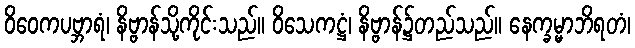
ဝိဝေကပဗ္ဘာရံ၊ နိဗ္ဗာန်သို့ကိုင်းသည်။ ဝိသေကဋ္ဌံ၊ နိဗ္ဗာန်၌တည်သည်။ နေက္ခမ္မာဘိရတံ၊